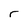
Character: r